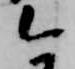
今